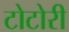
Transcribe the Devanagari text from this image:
टोटोरी